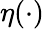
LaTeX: \eta(\cdot)